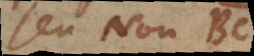
seu non BC,